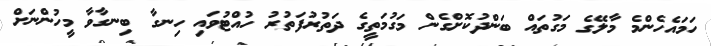
ހަމައެހެންމެ މާލޭގެ މަގުތައް ބަންދުކޮށްގެން މަގުމަތީގެ ދަތުރުފަތުރު ހުއްޓުވައި ހިނގާ ބިނގާވާ މީހުންނަށް